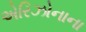
એરિઝોનાના